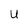
Character: U